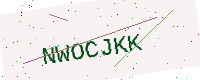
Text: NWOCJKK